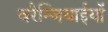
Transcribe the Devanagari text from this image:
वरैन्जियाईयों